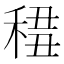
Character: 𥟷